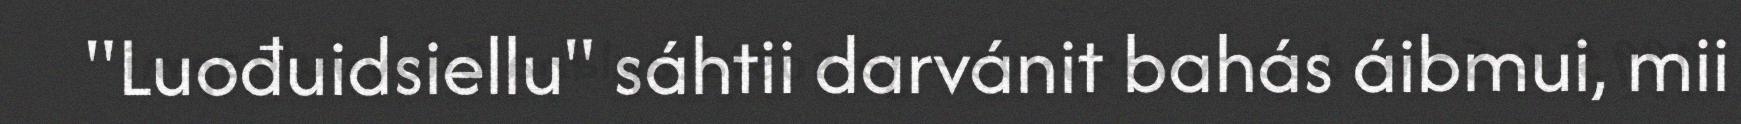
"Luođuidsiellu" sáhtii darvánit bahás áibmui, mii